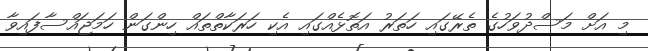
މި އަށް މަސްދުވަހުގެ ތެރޭގައި ހަތަރު އަތޮޅެއްގައި އެކި ހަރަކާތްތައް ހިންގަން ހަމަޖައްސާފައިވާ